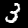
Label: 3